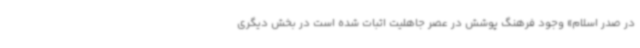
در صدر اسلام» وجود فرهنگ پوشش در عصر جاهلیت اثبات شده است در بخش دیگری